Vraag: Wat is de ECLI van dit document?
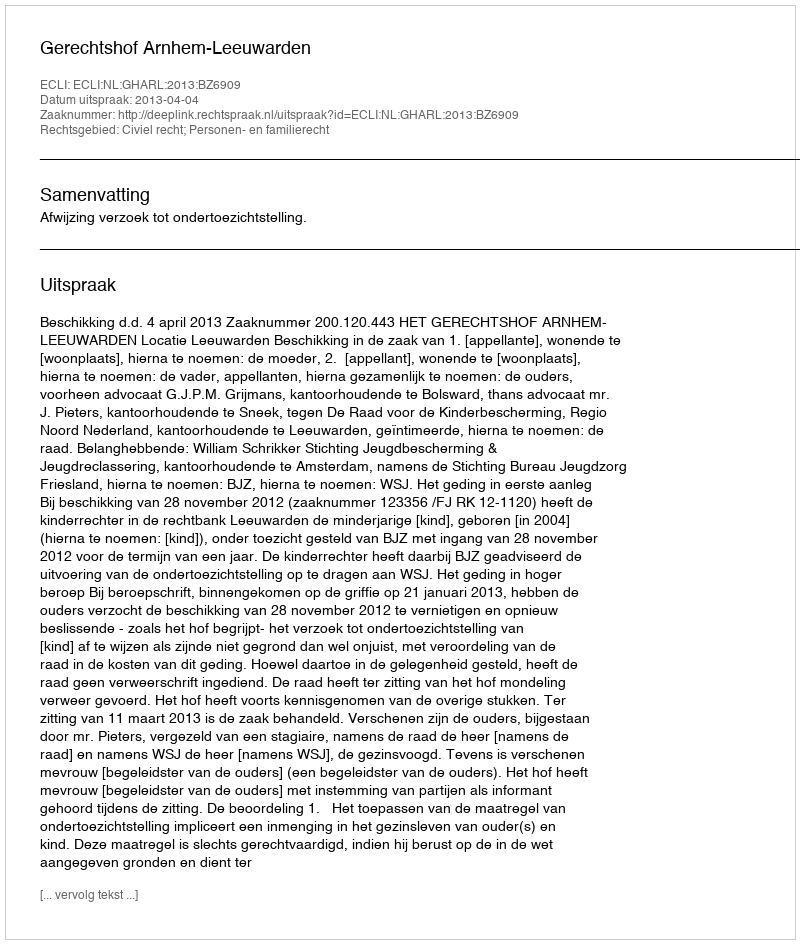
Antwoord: ECLI:NL:GHARL:2013:BZ6909